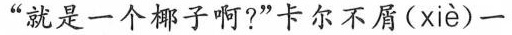
“就是一个椰子啊?”卡尔不屑( xiè )一